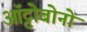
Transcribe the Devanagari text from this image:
ऑट्टोबोनो